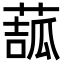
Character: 𦸉